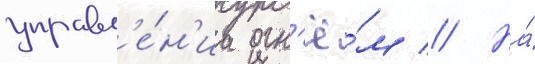
управл'е́н'иа огн'ё́м // На́